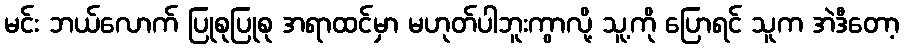
မင်း ဘယ်လောက် ပြုစုပြုစု အရာထင်မှာ မဟုတ်ပါဘူးကွာလို့ သူ့ကို ပြောရင် သူက အဲဒီတော့